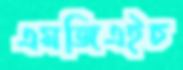
এমজিএইচ